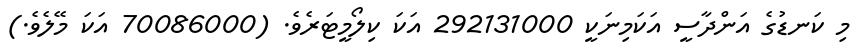
މި ކަނޑުގެ އަންދާސީ އަކަމިނަކީ 292131000 އަކަ ކިލޯމީޓަރެވެ. (70086000 އަކަ މޭލެވެ.)